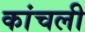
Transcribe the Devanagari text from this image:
कांचली